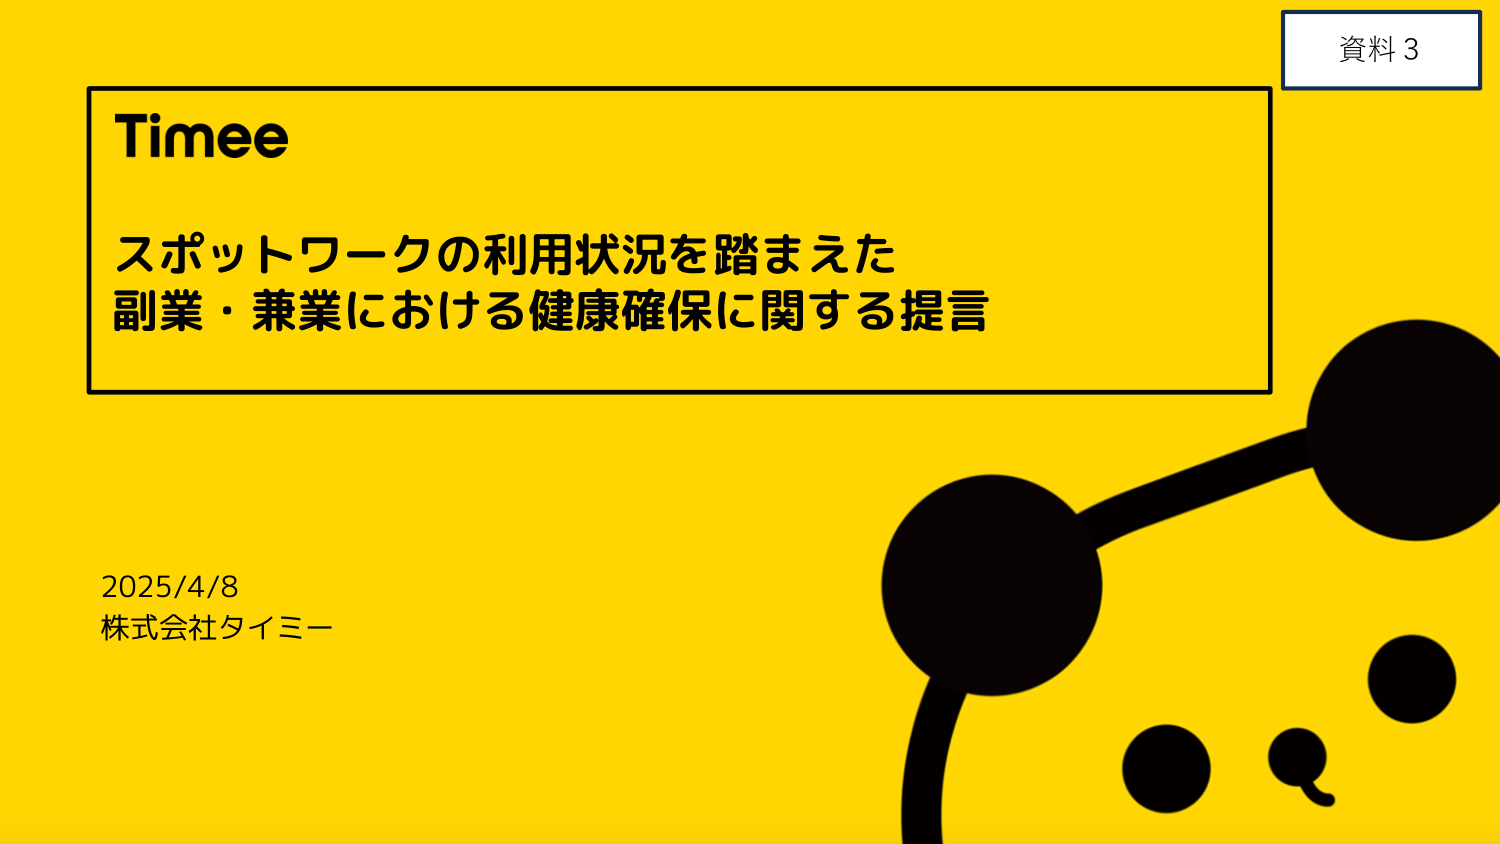
資料 3
Timee
スポットワークの利用状況を踏まえた
副業・兼業における健康確保に関する提言
2025/4/8
株式会社タイミー